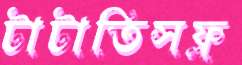
টাটাতিসফ্ল